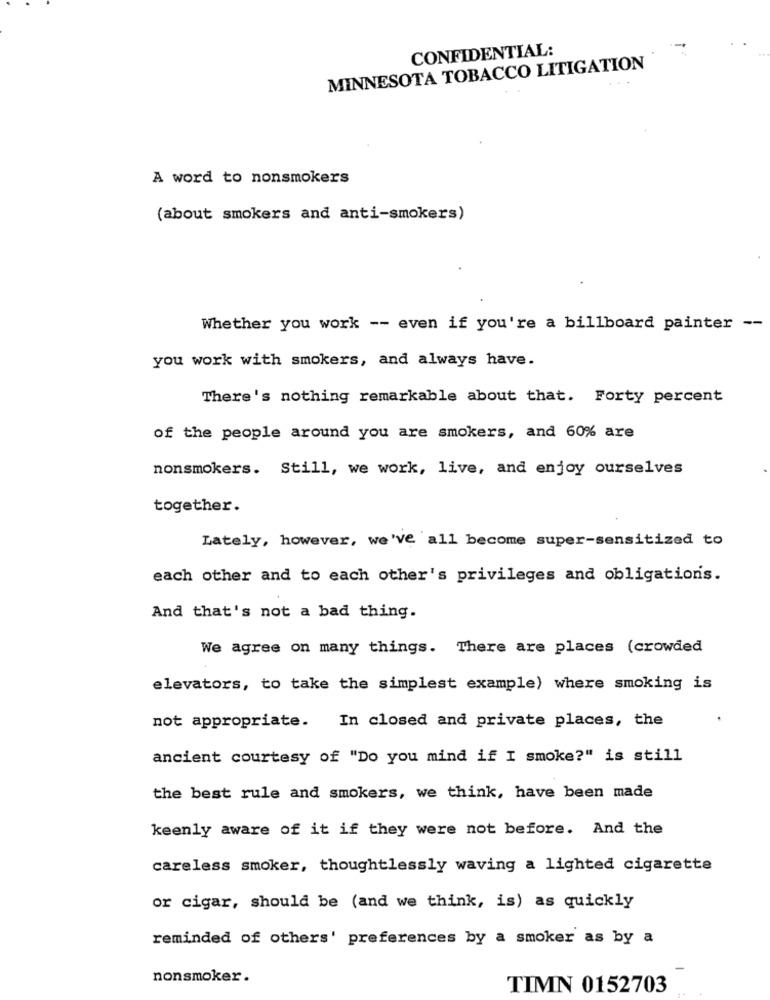
CONFIDENTIAL:
MINNESOTA TOBACCO LITIGATION
A word to nonsmokers
(about smokers and anti-smokers)
Whether you work -- even if you're a billboard painter --
you work with smokers, and always have.
There's nothing remarkable about that. Forty percent
of the people around you are smokers, and 60% are
nonsmokers. Still, we work, live, and enjoy ourselves
together.
Lately, however, we've all become super-sensitized to
each other and to each other's privileges and obligations.
And that's not a bad thing.
We agree on many things. There are places (crowded
elevators, to take the simplest example) where smoking is
not appropriate. In closed and private places, the
ancient courtesy of "Do you mind if I smoke?" is still
the best rule and smokers, we think, have been made
keenly aware of it if they were not before. And the
careless smoker, thoughtlessly waving a lighted cigarette
or cigar, should be (and we think, is) as quickly
reminded of others' preferences by a smoker as by a
nonsmoker .
TIMN 0152703